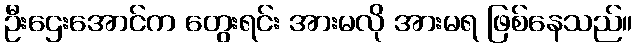
ဦးဌေးအောင်က တွေးရင်း အားမလို အားမရ ဖြစ်နေသည်။